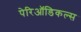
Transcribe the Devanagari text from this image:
पेरिऑडिकल्स